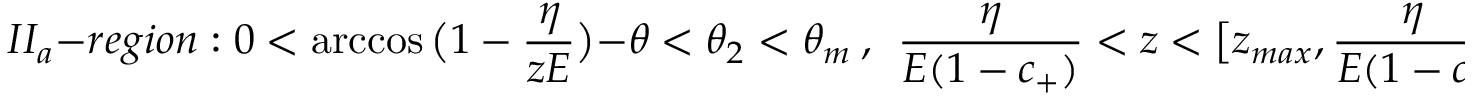
I I _ { a } - r e g i o n : 0 < \operatorname { a r c c o s } { \bigl ( 1 - \frac { \eta } { z E } \bigr ) } - \theta < \theta _ { 2 } < \theta _ { m } \ , \ \ \frac { \eta } { E ( 1 - c _ { + } ) } < z < \bigl [ z _ { m a x } , \frac { \eta } { E ( 1 - c ) } \bigr ] \ ,